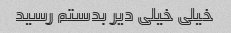
خیلی خیلی دیر بدستم رسید